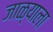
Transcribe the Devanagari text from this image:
जाळ्याला